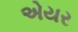
એયર